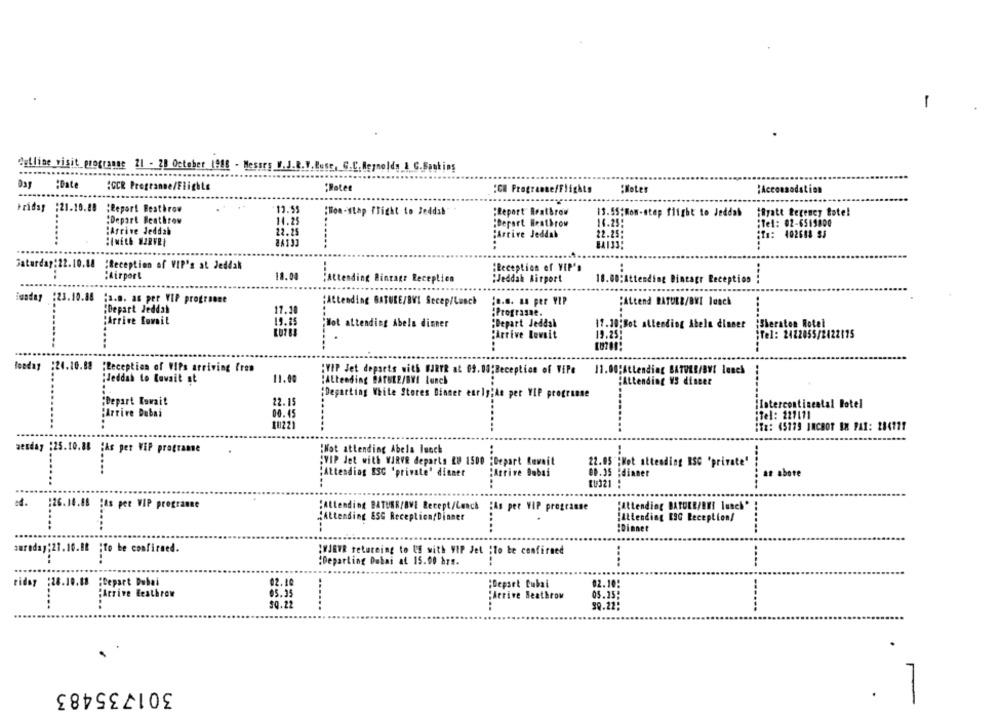
outline visit progrange 21 - 20 October 1948 - Messrs
luse, G.C.Reynolds & C.Banking
:Date
:CCR Pregranne/Flights
"Roter
:CH Programme/Flights
"Notes
:Accommodation
Friday :21.10.88 ;Report Heathrow
12.59
:Hon-stap flight to Jeddah
:Report Brathrow
13.55:Mon-step flight to Jeddah ihyatt Regency fote!
:Depart Heathrow
14.25
:Derart Heathrow
16.25:
:Tel: 02-6515800
:Arrive Jeddah
22.25
jArrive Jeddah
22.25:
:To: 402688 SJ
..
Saturday:22.10.10 :Reception of VIP's at Jeddah
:Reception of VIP's
:Airport
18.00
¡Attending Bintagr Reception
:Jeddah Birport
18.00:Attending Dincagr Reception !
tios
Sunday :23.10.88 ;a.m. as per VIP prograone
:Attending BATURE/BVI Secep/Lunch
¿o.s. as per VIP
"Attend RATURE/BWI lunch
17.10
:Depart Jeddah
:Prograsne.
iArrive Romait
19.25
"Hot attending Abels dinner
:Bepart Jeddah
17.30;Bot altending Abela dimser ¡Sheraton Hotel
:Arrive Lewait
19.255
;Tel: 2422055/2422115
Boaday :24.10.88 "Reception of WIPs arriving fre
:VIP Jet dopsets with OURYR at 09.00;Beception of ViPe
11.00;Attending BATORE/BVI lunch
:Jeddah to Lovait at
11.00
:Attending BATBEE/BYL lunch
:Attending VS dincer
¡Departing White Stores Dinner ently;As per YIP programse
"Depart Kuwait
22.15
¡Intercontinental Hotel
:Arrive Dubai
00.45
iTel: 221111
10221
:Ta: 45179 INCHOT IX PAI: 284171
aesday :25.10.88 ;As per VIP programe
¡Not attending Abela luoch
:VIP Jet with WIRVR departs RU 1500 "Depart Rewait
22.05 ;Mot attending RSC 'private"
"Attending ESG 'private' dinner
:Arrive Dubai
00.35 :dianer
an abore
KU321 :
-----
:26.10.88 "As pee VIP programme
:Attending BATURR/BVE Recept/Lunch :As per VIP programse
"Attending BATORE/BHI lunch"
:Attending 85G Reception/Dinner
¡Attending [9G Reception/
:Dimnet
auroday:27.10.88 ;to be confirmed.
:WJEYR returning to US with VIP Jel ;To be confirmed
:Departing Dubai at 15.00 hrs.
---
...
riday :28.10.88 ;Cepart Dubai
02.10
Depset Cubal
02.10:
"Arrive Heathrow
05.25
05.25:
Arrive Beathrow
$0.22
39.22
301735483
-